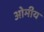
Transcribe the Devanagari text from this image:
ओमीय